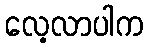
လေ့လာပါက